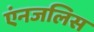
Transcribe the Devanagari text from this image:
एंनजलिस